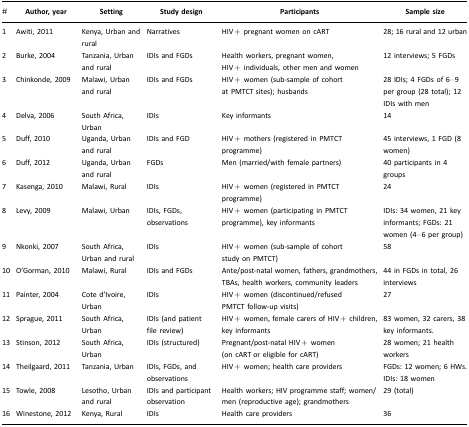
| # | Author, year | Setting | Study design | Participants | Sample size |
 | --- | --- | --- | --- | --- | --- |
 | 1 | Awiti, 2011 | Kenya, Urban and rural | Narratives | HIV+ pregnant women on cART | 28; 16 rural and 12 urban |
 | 2 | Burke, 2004 | Tanzania, Urban and rural | IDIs and FGDs | Health workers, pregnant women, HIV+ individuals, other men and women | 12 interviews; 5 FGDs |
 | 3 | Chinkonde, 2009 | Malawi, Urban and rural | IDIs and FGDs | HIV+ women (sub-sample of cohort at PMTCT sites); husbands | 28 IDIs; 4 FGDs of 6–9 per group (28 total); 12 IDIs with men |
 | 4 | Delva, 2006 | South Africa, Urban | IDIs | Key informants | 14 |
 | 5 | Duff, 2010 | Uganda, Urban and rural | IDIs and FGD | HIV+ mothers (registered in PMTCT programme) | 45 interviews, 1 FGD (8 women) |
 | 6 | Duff, 2012 | Uganda, Urban and rural | FGDs | Men (married/with female partners) | 40 participants in 4 groups |
 | 7 | Kasenga, 2010 | Malawi, Rural | IDIs | HIV+ women (registered in PMTCT programme) | 24 |
 | 8 | Levy, 2009 | Malawi, Urban | IDIs, FGDs, observations | HIV+ women (participating in PMTCT programme), key informants | IDIs: 34 women, 21 key informants; FGDs: 21 women (4–6 per group) |
 | 9 | Nkonki, 2007 | South Africa, Urban and rural | IDIs | HIV+ women (sub-sample of cohort study on PMTCT) | 58 |
 | 10 | O'Gorman, 2010 | Malawi, Rural | IDIs and FGDs | Ante/post-natal women, fathers, grandmothers, TBAs, health workers, community leaders | 44 in FGDs in total, 26 interviews |
 | 11 | Painter, 2004 | Cote d'Ivoire, Urban | IDIs | HIV+ women (discontinued/refused PMTCT follow-up visits) | 27 |
 | 12 | Sprague, 2011 | South Africa, Urban | IDIs (and patient file review) | HIV+ women, female carers of HIV+ children, key informants | 83 women, 32 carers, 38 key informants. |
 | 13 | Stinson, 2012 | South Africa, Urban | IDIs (structured) | Pregnant/post-natal HIV+ women (on cART or eligible for cART) | 28 women; 21 health workers |
 | 14 | Theilgaard, 2011 | Tanzania, Urban | IDIs, FGDs, and observations | HIV+ women; health care providers | FGDs: 12 women; 6 HWs. IDIs: 18 women |
 | 15 | Towle, 2008 | Lesotho, Urban and rural | IDIs and participant observation | Health workers; HIV programme staff; women/men (reproductive age); grandmothers | 29 (total) |
 | 16 | Winestone, 2012 | Kenya, Rural | IDIs | Health care providers | 36 |